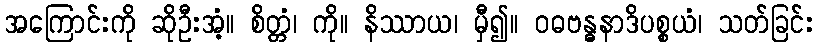
အကြောင်းကို ဆိုဦးအံ့။ စိတ္တံ၊ ကို။ နိဿာယ၊ မှီ၍။ ဝဓဗန္ဓနာဒိပစ္စယံ၊ သတ်ခြင်း